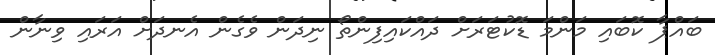
ބައްޕާ ކޮބައި މަންމަ ޑޮކުޓަރަށް ދައްކައިފިންތޯ ނިދަން ވެގެން އެނދަށް އަރައި ވިނާން